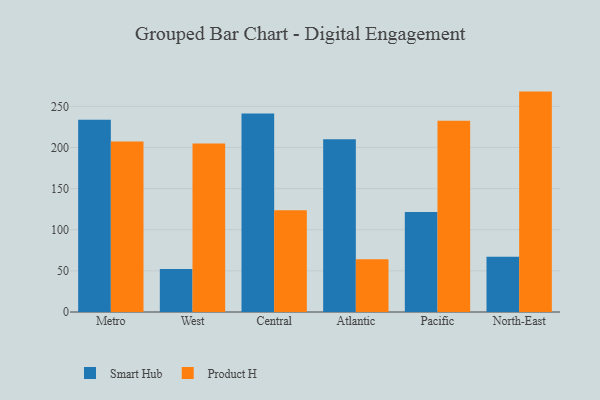
{"axis": {"x": "Region", "y": "LTV (USD)"}, "legend": ["Product H", "Smart Hub"], "data": [{"x": "Metro", "y": 233.8, "type": "Smart Hub"}, {"x": "Metro", "y": 207.2, "type": "Product H"}, {"x": "West", "y": 52.2, "type": "Smart Hub"}, {"x": "West", "y": 204.9, "type": "Product H"}, {"x": "Central", "y": 241.4, "type": "Smart Hub"}, {"x": "Central", "y": 123.6, "type": "Product H"}, {"x": "Atlantic", "y": 209.9, "type": "Smart Hub"}, {"x": "Atlantic", "y": 64.2, "type": "Product H"}, {"x": "Pacific", "y": 121.6, "type": "Smart Hub"}, {"x": "Pacific", "y": 232.5, "type": "Product H"}, {"x": "North-East", "y": 67.1, "type": "Smart Hub"}, {"x": "North-East", "y": 267.9, "type": "Product H"}]}